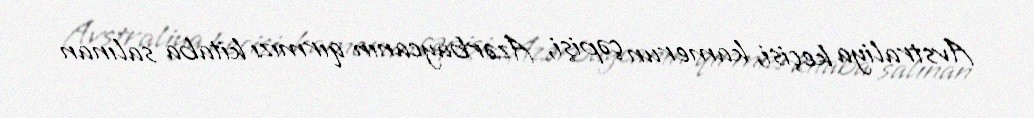
Avstraliya keçisi, kamerun çəpişi, Azərbaycanın qırmızı kitaba salınan